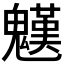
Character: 𩴓